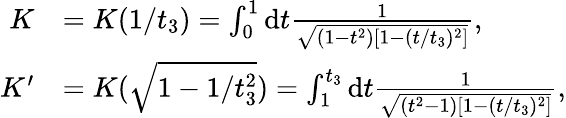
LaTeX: \begin{array}{rl}{K}&{=K(1/t_{3})=\int_{0}^{1}\mathrm{d}t\frac{1}{\sqrt{(1-t^{2})[1-(t/t_{3})^{2}]}},}\\ {K^{\prime}}&{=K(\sqrt{1-1/t_{3}^{2}})=\int_{1}^{t_{3}}\mathrm{d}t\frac{1}{\sqrt{(t^{2}-1)[1-(t/t_{3})^{2}]}},}\end{array}